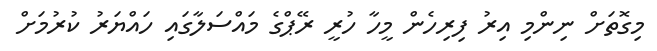
މިގޮތަށް ނިންމި އިރު ފިރިހެން މީހާ ހުރީ ރޭޕްގެ މައްސަލާގައި ހައްޔަރު ކުރުމަށް